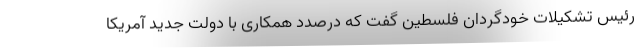
رئیس تشکیلات خودگردان فلسطین گفت که درصدد همکاری با دولت جدید آمریکا